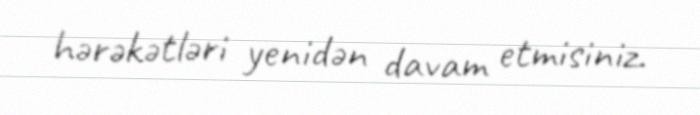
hərəkətləri yenidən davam etmisiniz.